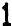
1